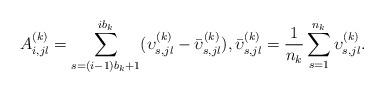
LaTeX: \begin{align*}A_{i,jl}^{(k)}=\sum^{ib_k}_{s=(i-1)b_k+1}(\upsilon_{s,jl}^{(k)}-\bar{\upsilon}_{s,jl}^{(k)}),\bar{\upsilon}_{s,jl}^{(k)}=\frac{1}{n_k}\sum^{n_k}_{s=1}\upsilon_{s,jl}^{(k)}.\end{align*}